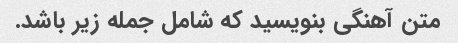
متن آهنگی بنویسید که شامل جمله زیر باشد.